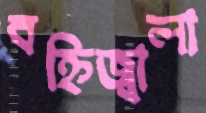
বহ্নিজ্বালা